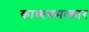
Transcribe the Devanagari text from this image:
काव्यचमत्कार